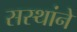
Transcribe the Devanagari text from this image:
सस्थांने